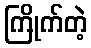
ကြိုက်တဲ့